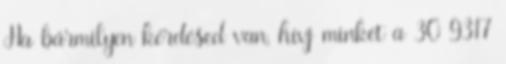
Ha bármilyen kérdésed van, hívj minket a 30 9317